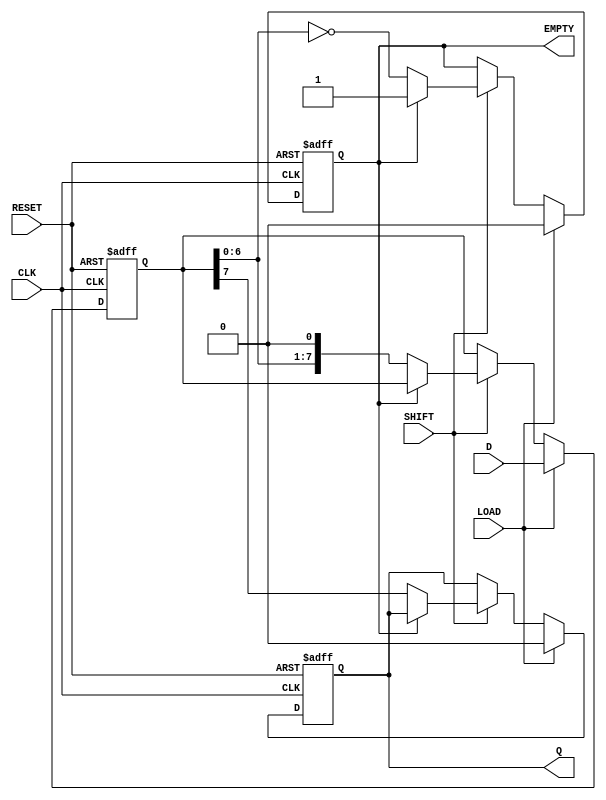
module PISO_Register #(
    parameter N = 8  // Define the width of the register (n-bits)
)(
    input  wire [N-1:0] D,        // Parallel Data Input
    input  wire LOAD,              // Load Signal
    input  wire CLK,               // Clock Signal
    input  wire SHIFT,             // Shift Signal
    input  wire RESET,             // Reset Signal
    output reg  Q,                 // Serial Output
    output reg  EMPTY              // Empty Signal
);

    reg [N-1:0] SR;  // Shift Register

    // Asynchronous Reset and Loading
    always @(posedge CLK or posedge RESET) begin
        if (RESET) begin
            SR <= {N{1'b0}}; // Clear the shift register
            Q <= 1'b0;       // Reset the serial output
            EMPTY <= 1'b1;   // Register is empty
        end else if (LOAD) begin
            SR <= D;         // Load parallel data into the shift register
            Q <= 1'b0;       // Set serial output to 0 while loading
            EMPTY <= 1'b0;   // Register is no longer empty after loading
        end else if (SHIFT) begin
            if (!EMPTY) begin
                Q <= SR[N-1]; // Output the MSB of the shift register
                SR <= {SR[N-2:0], 1'b0}; // Shift right, fill with 0
                EMPTY <= (SR[N-2:0] == {N-1{1'b0}}); // Check if empty
            end
        end
    end

endmodule